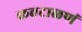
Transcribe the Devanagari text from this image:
कवटाळणं